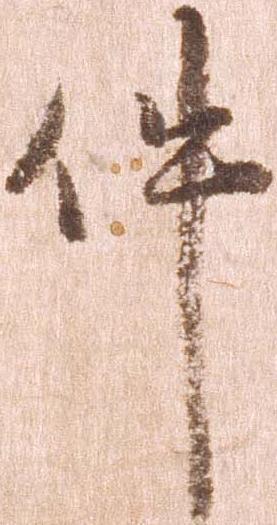
件